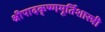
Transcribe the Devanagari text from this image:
श्रीपादकृष्णमूर्तिशास्त्री